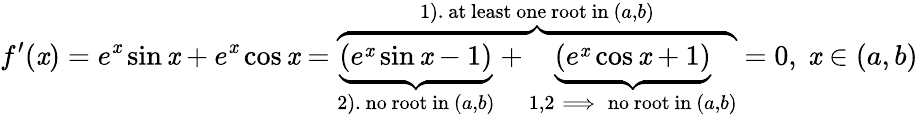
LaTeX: f^{\prime}(\mathit{x})=e^{\mathit{x}}\sin\mathit{x}+e^{\mathit{x}}\cos\mathit{x}=\overbrace{{\underbrace{{(e^{\mathit{x}}\sin\mathit{x}-1)}}_{2).\mathrm{{~no~root~in}}\ (a,b)}+\underbrace{{(e^{\mathit{x}}\cos\mathit{x}+1)}}_{1,2\implies\mathrm{{~no~root~in}}\ (a,b)}}}^{\mathrm{{1).~at~least~one~root~in}}\ (a,b)}=0,\ \mathit{x}\in(a,b)